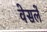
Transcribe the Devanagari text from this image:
वेसलें